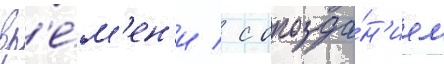
вр'е́м'ен'и / с опозда́н'ием